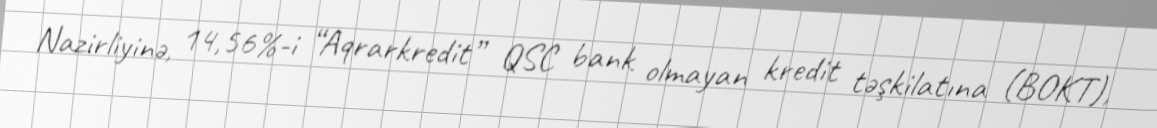
Nazirliyinə, 14,56%-i “Aqrarkredit” QSC bank olmayan kredit təşkilatına (BOKT),